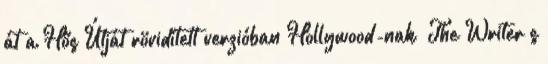
át a Hős Útját rövidített verzióban Hollywood-nak “The Writer’s